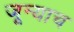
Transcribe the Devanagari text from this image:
जून्याच